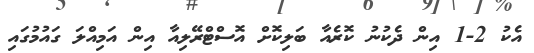
އެކު 2-1 އިން ދެކުނު ކޮރެއާ ބަލިކޮށް އޮސްޓްރޭލިއާ އިން އަމިއްލަ ގައުމުގައި